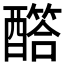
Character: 𨣏